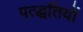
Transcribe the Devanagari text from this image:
पत्द्धतियों